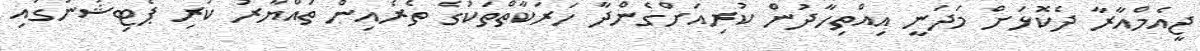
ޖީއެމްއާރާ ދެކޮޅަށް މަދަނީ އިއްތިހާދުން ކުރިއަށްގެންދާ ހަރަކާތްތަކުގެ ތެރެއިން ތައްޔާރު ކުރި ޕެޓިޝަނުގައި